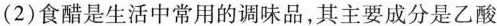
(2)食醋是生活中常用的调味品，其主要成分是乙酸